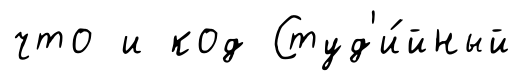
что и код Студ'и́йный